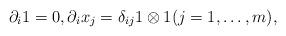
LaTeX: \begin{align*} \partial_i 1 = 0, \partial_i x_j = \delta_{ij} 1 \otimes 1 ( j = 1, \ldots, m), \end{align*}